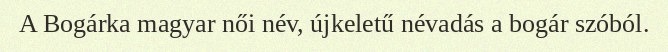
A Bogárka magyar női név, újkeletű névadás a bogár szóból.